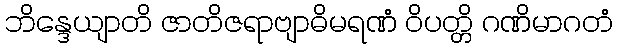
ဘိန္ဒေယျာတိ ဇာတိဇရာဗျာဓိမရဏံ ဝိပတ္တိ ဂဏိမာဂတံ